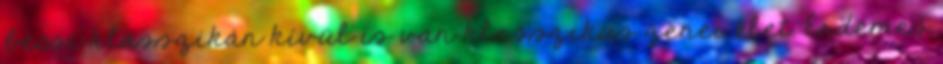
bécsi klasszikán kívül is van klasszikus zenei élet. Érdemes